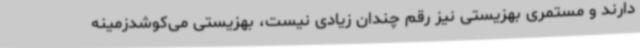
دارند و مستمری بهزیستی نیز رقم چندان زیادی نیست، بهزیستی می‌کوشدزمینه